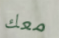
معك